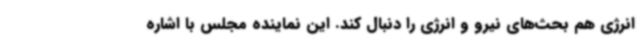
انرژی هم بحث‌های نیرو و انرژی را دنبال کند. این نماینده مجلس با اشاره